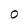
Character: 0